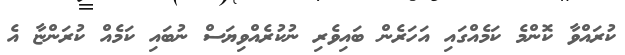
ކުރައްވާ ކޮންމެ ކަމެއްގައި އަހަރެން ބައިވެރި ނުކުރެއްވިޔަސް ނުބައި ކަމެއް ކުރަންޏާ އެ